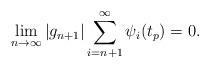
LaTeX: \begin{align*}\lim_{n \to \infty} |g_{n+1}| \sum_{i=n+1}^{\infty} \psi_i(t_p) =0.\end{align*}